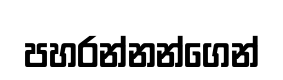
පහරන්නන්ගෙන්